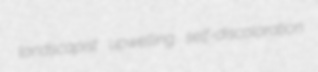
landscapist upwelling self-discoloration